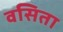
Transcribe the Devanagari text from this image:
वसिता